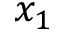
x _ { 1 }